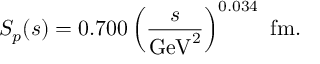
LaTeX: S _ { p } ( s ) = 0 . 7 0 0 \left( \frac { s } { \mathrm { G e V } ^ { 2 } } \right) ^ { 0 . 0 3 4 } \mathrm { ~ f m } .